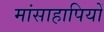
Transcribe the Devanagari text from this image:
मांसाहापियों